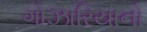
ગોઝારિયાનો